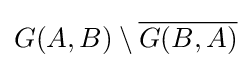
G(A,B)\setminus {\overline {G(B,A)}}